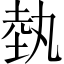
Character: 埶